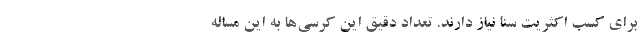
برای کسب اکثریت سنا نیاز دارند. تعداد دقیق این کرسی‌ها به این مساله